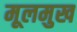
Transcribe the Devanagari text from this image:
मूलमुख